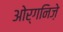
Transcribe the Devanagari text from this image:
ओर्गनिज़े